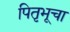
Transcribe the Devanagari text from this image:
पितृभूचा